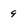
Character: 9